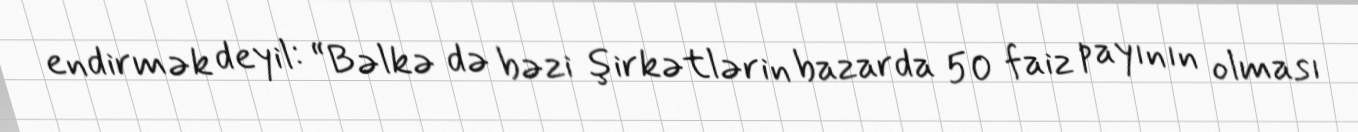
endirmək deyil: “Bəlkə də bəzi şirkətlərin bazarda 50 faiz payının olması